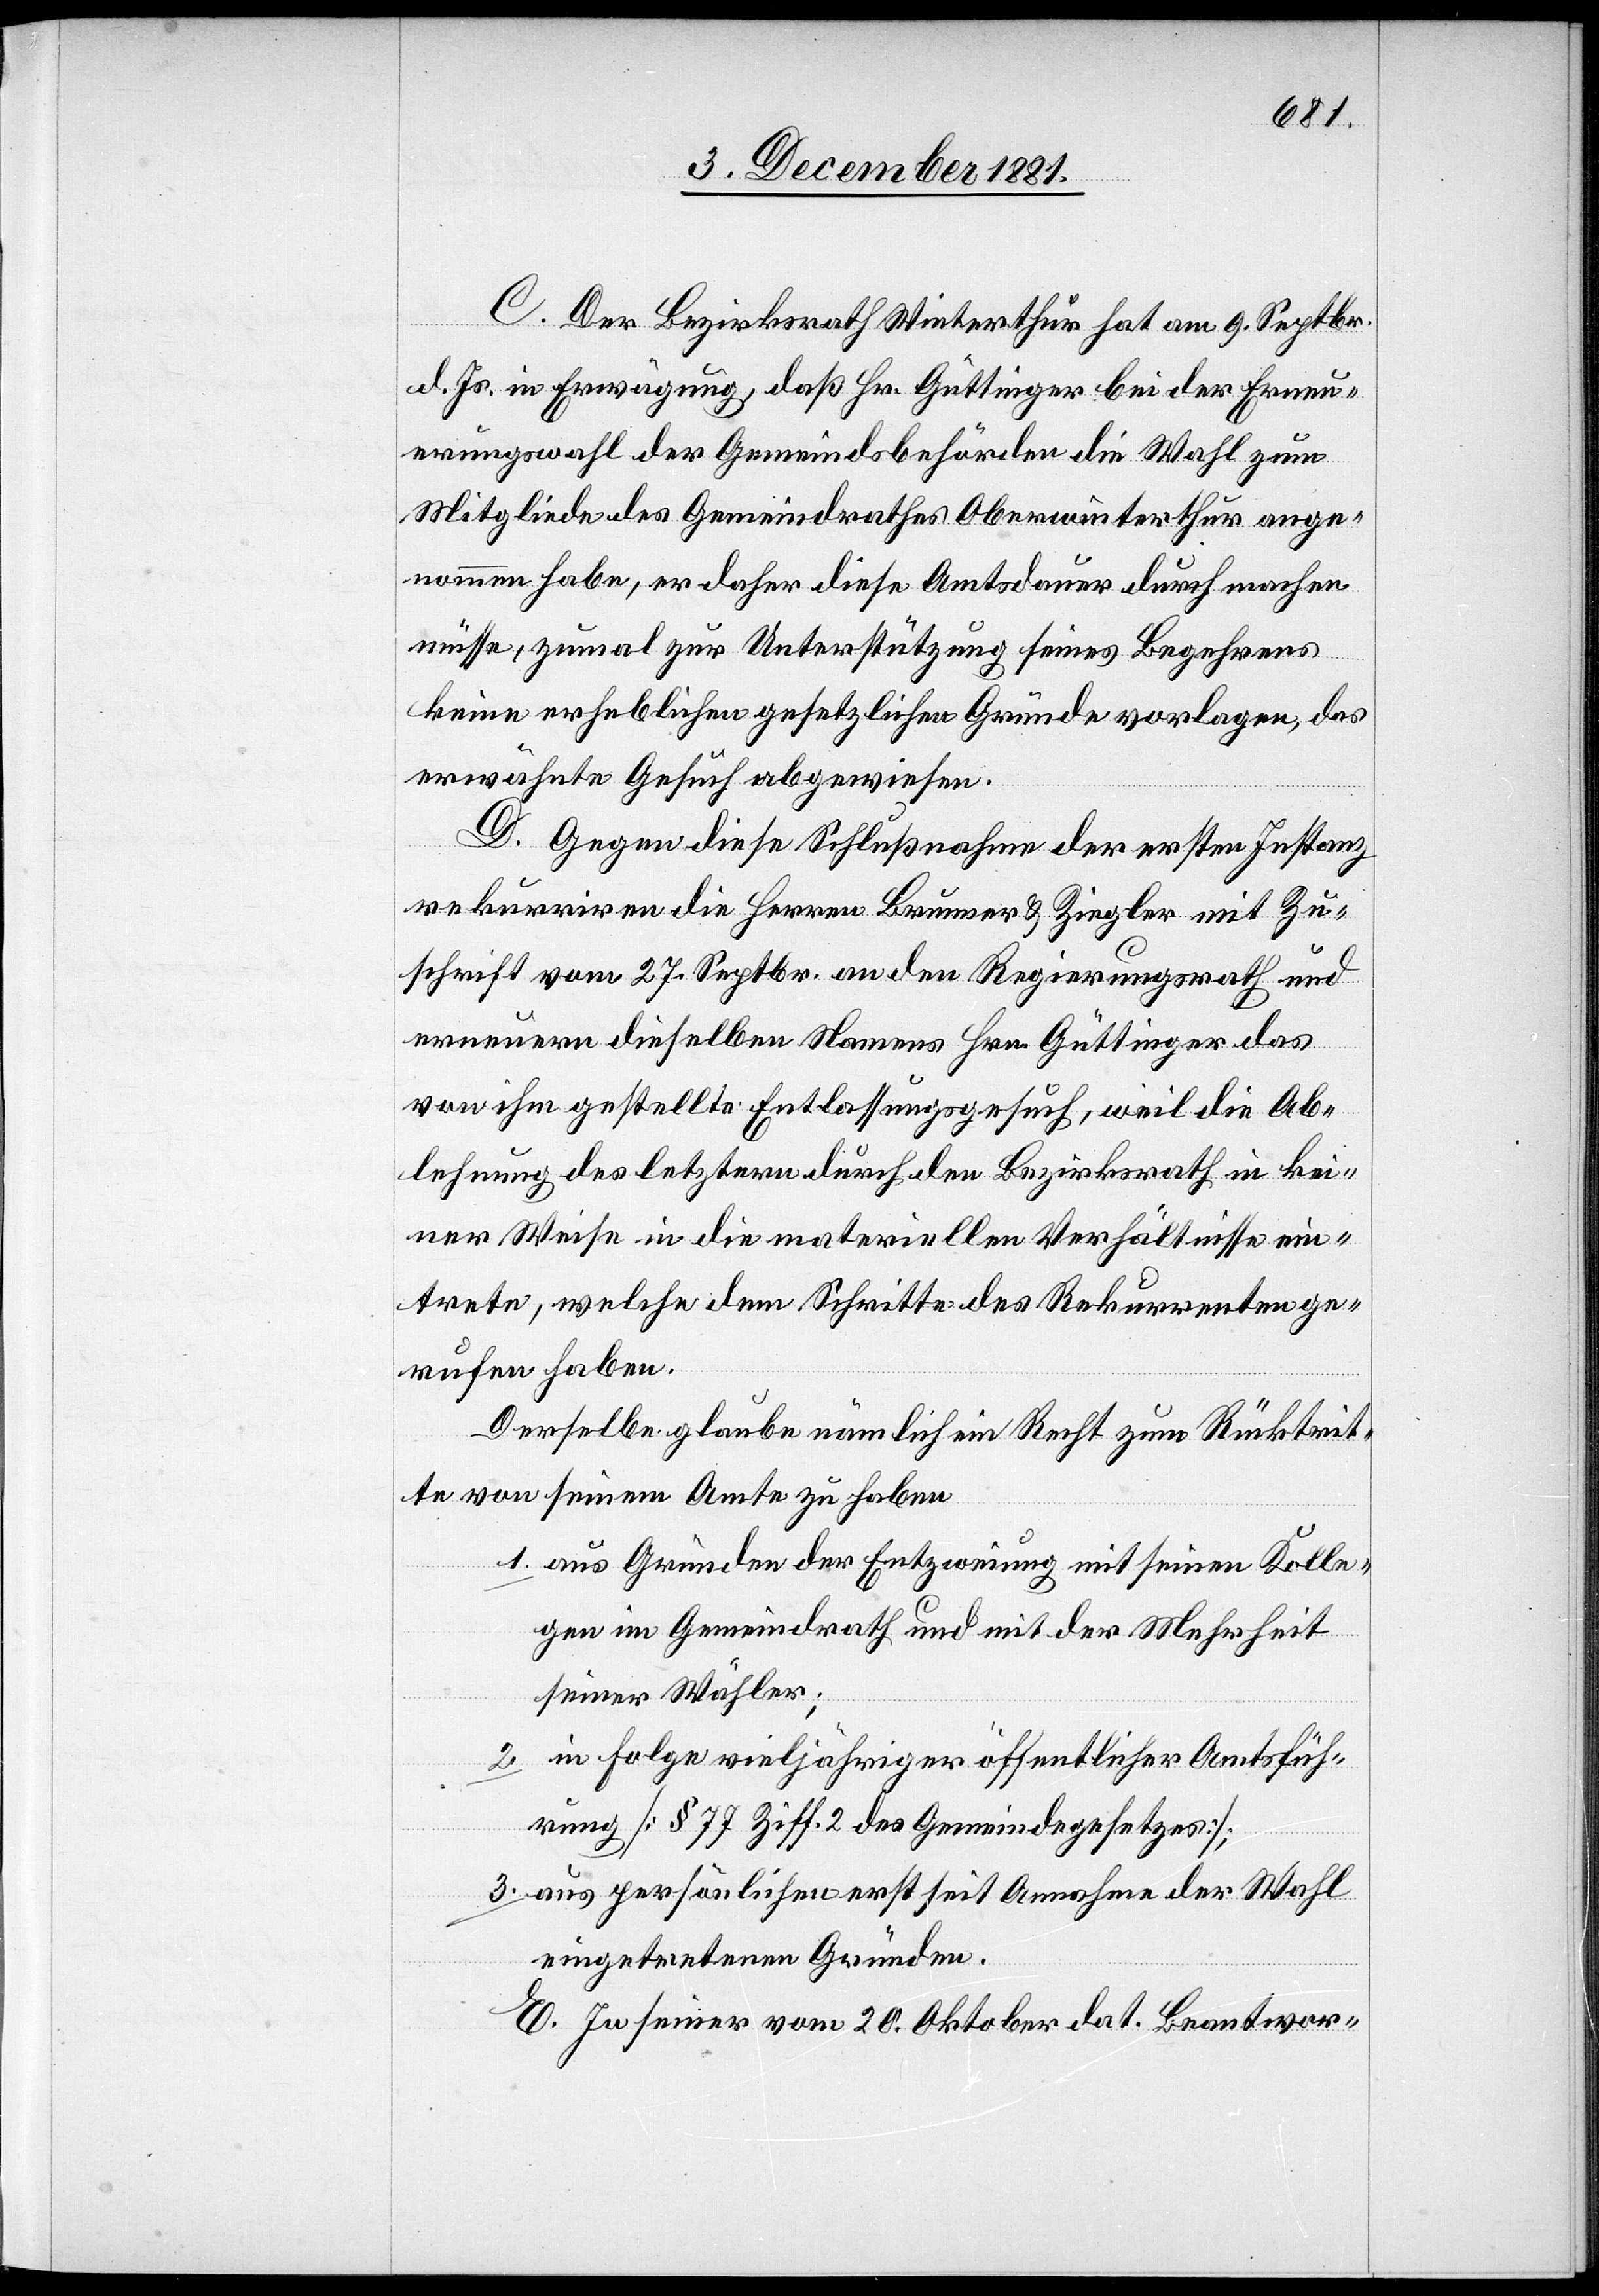
C. Der Bezirksrath Winterthur hat am 9. Septbr.
d. Js. in Erwägung, daß Hr. Güttinger bei der Erneu¬
nommen habe, er daher diese Amtsdauer durchmachen
müsse, zumal zur Unterstützung seines Begehrens
thur ange¬
keine erheblichen gesetzlichen Gründe vorlagen, das
erwähnte Gesuch abgewiesen.
D. Gegen diese Schlußnahme der ersten Instanz
rekurriren die Herren Brunner & Ziegler mit Zu¬
schrift vom 27. Septbr. an den Regierungsrath und
erneuern dieselben Namens Hrn. Güttinger das
von ihm gestellte Entlassungsgesuch, weil die Ab¬
lehnung des letztern durch den Bezirksrath in kei¬
ner Weise in die materiellen Verhältnisse ein¬
treten, welche dem Schritte des Rekurrenten ge¬
rufen haben.
Derselbe glaube nämlich ein Recht zum Rücktrit¬
te von seinem Amte zu haben
1. aus Gründen der Entzweiung mit seinen Kolle¬
gen im Gemeindrath und mit der Mehrheit
seiner Wähler;
2. in Folge vieljähriger öffentlicher Amtsfüh¬
rung [§ 77 Ziff. 2 des Gemeindegesetzes];
3. aus persönlichen erst seit Annahme der Wahl
eingetretenen Gründen.
E. In seiner vom 20. Oktober dat. Beantwor-